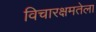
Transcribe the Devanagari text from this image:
विचारक्षमतेला